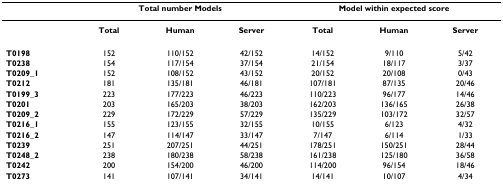
<table><thead><tr><td></td><td colspan="3"><b>Total number Models</b></td><td colspan="3"><b>Model within expected score</b></td></tr></thead><tbody><tr><td></td><td><b>Total</b></td><td><b>Human</b></td><td><b>Server</b></td><td><b>Total</b></td><td><b>Human</b></td><td><b>Server</b></td></tr><tr><td><b>T0198</b></td><td>152</td><td>110/152</td><td>42/152</td><td>14/152</td><td>9/110</td><td>5/42</td></tr><tr><td><b>T0238</b></td><td>154</td><td>117/154</td><td>37/154</td><td>21/154</td><td>18/117</td><td>3/37</td></tr><tr><td><b>T0209_1</b></td><td>152</td><td>108/152</td><td>43/152</td><td>20/152</td><td>20/108</td><td>0/43</td></tr><tr><td><b>T0212</b></td><td>181</td><td>135/181</td><td>46/181</td><td>107/181</td><td>87/135</td><td>20/46</td></tr><tr><td><b>T0199_3</b></td><td>223</td><td>177/223</td><td>46/223</td><td>110/223</td><td>96/177</td><td>14/46</td></tr><tr><td><b>T0201</b></td><td>203</td><td>165/203</td><td>38/203</td><td>162/203</td><td>136/165</td><td>26/38</td></tr><tr><td><b>T0209_2</b></td><td>229</td><td>172/229</td><td>57/229</td><td>135/229</td><td>103/172</td><td>32/57</td></tr><tr><td><b>T0216_1</b></td><td>155</td><td>123/155</td><td>32/155</td><td>10/155</td><td>6/123</td><td>4/32</td></tr><tr><td><b>T0216_2</b></td><td>147</td><td>114/147</td><td>33/147</td><td>7/147</td><td>6/114</td><td>1/33</td></tr><tr><td><b>T0239</b></td><td>251</td><td>207/251</td><td>44/251</td><td>178/251</td><td>150/251</td><td>28/44</td></tr><tr><td><b>T0248_2</b></td><td>238</td><td>180/238</td><td>58/238</td><td>161/238</td><td>125/180</td><td>36/58</td></tr><tr><td><b>T0242</b></td><td>200</td><td>154/200</td><td>46/200</td><td>114/200</td><td>96/154</td><td>18/46</td></tr><tr><td><b>T0273</b></td><td>141</td><td>107/141</td><td>34/141</td><td>14/141</td><td>10/107</td><td>4/34</td></tr></tbody></table>